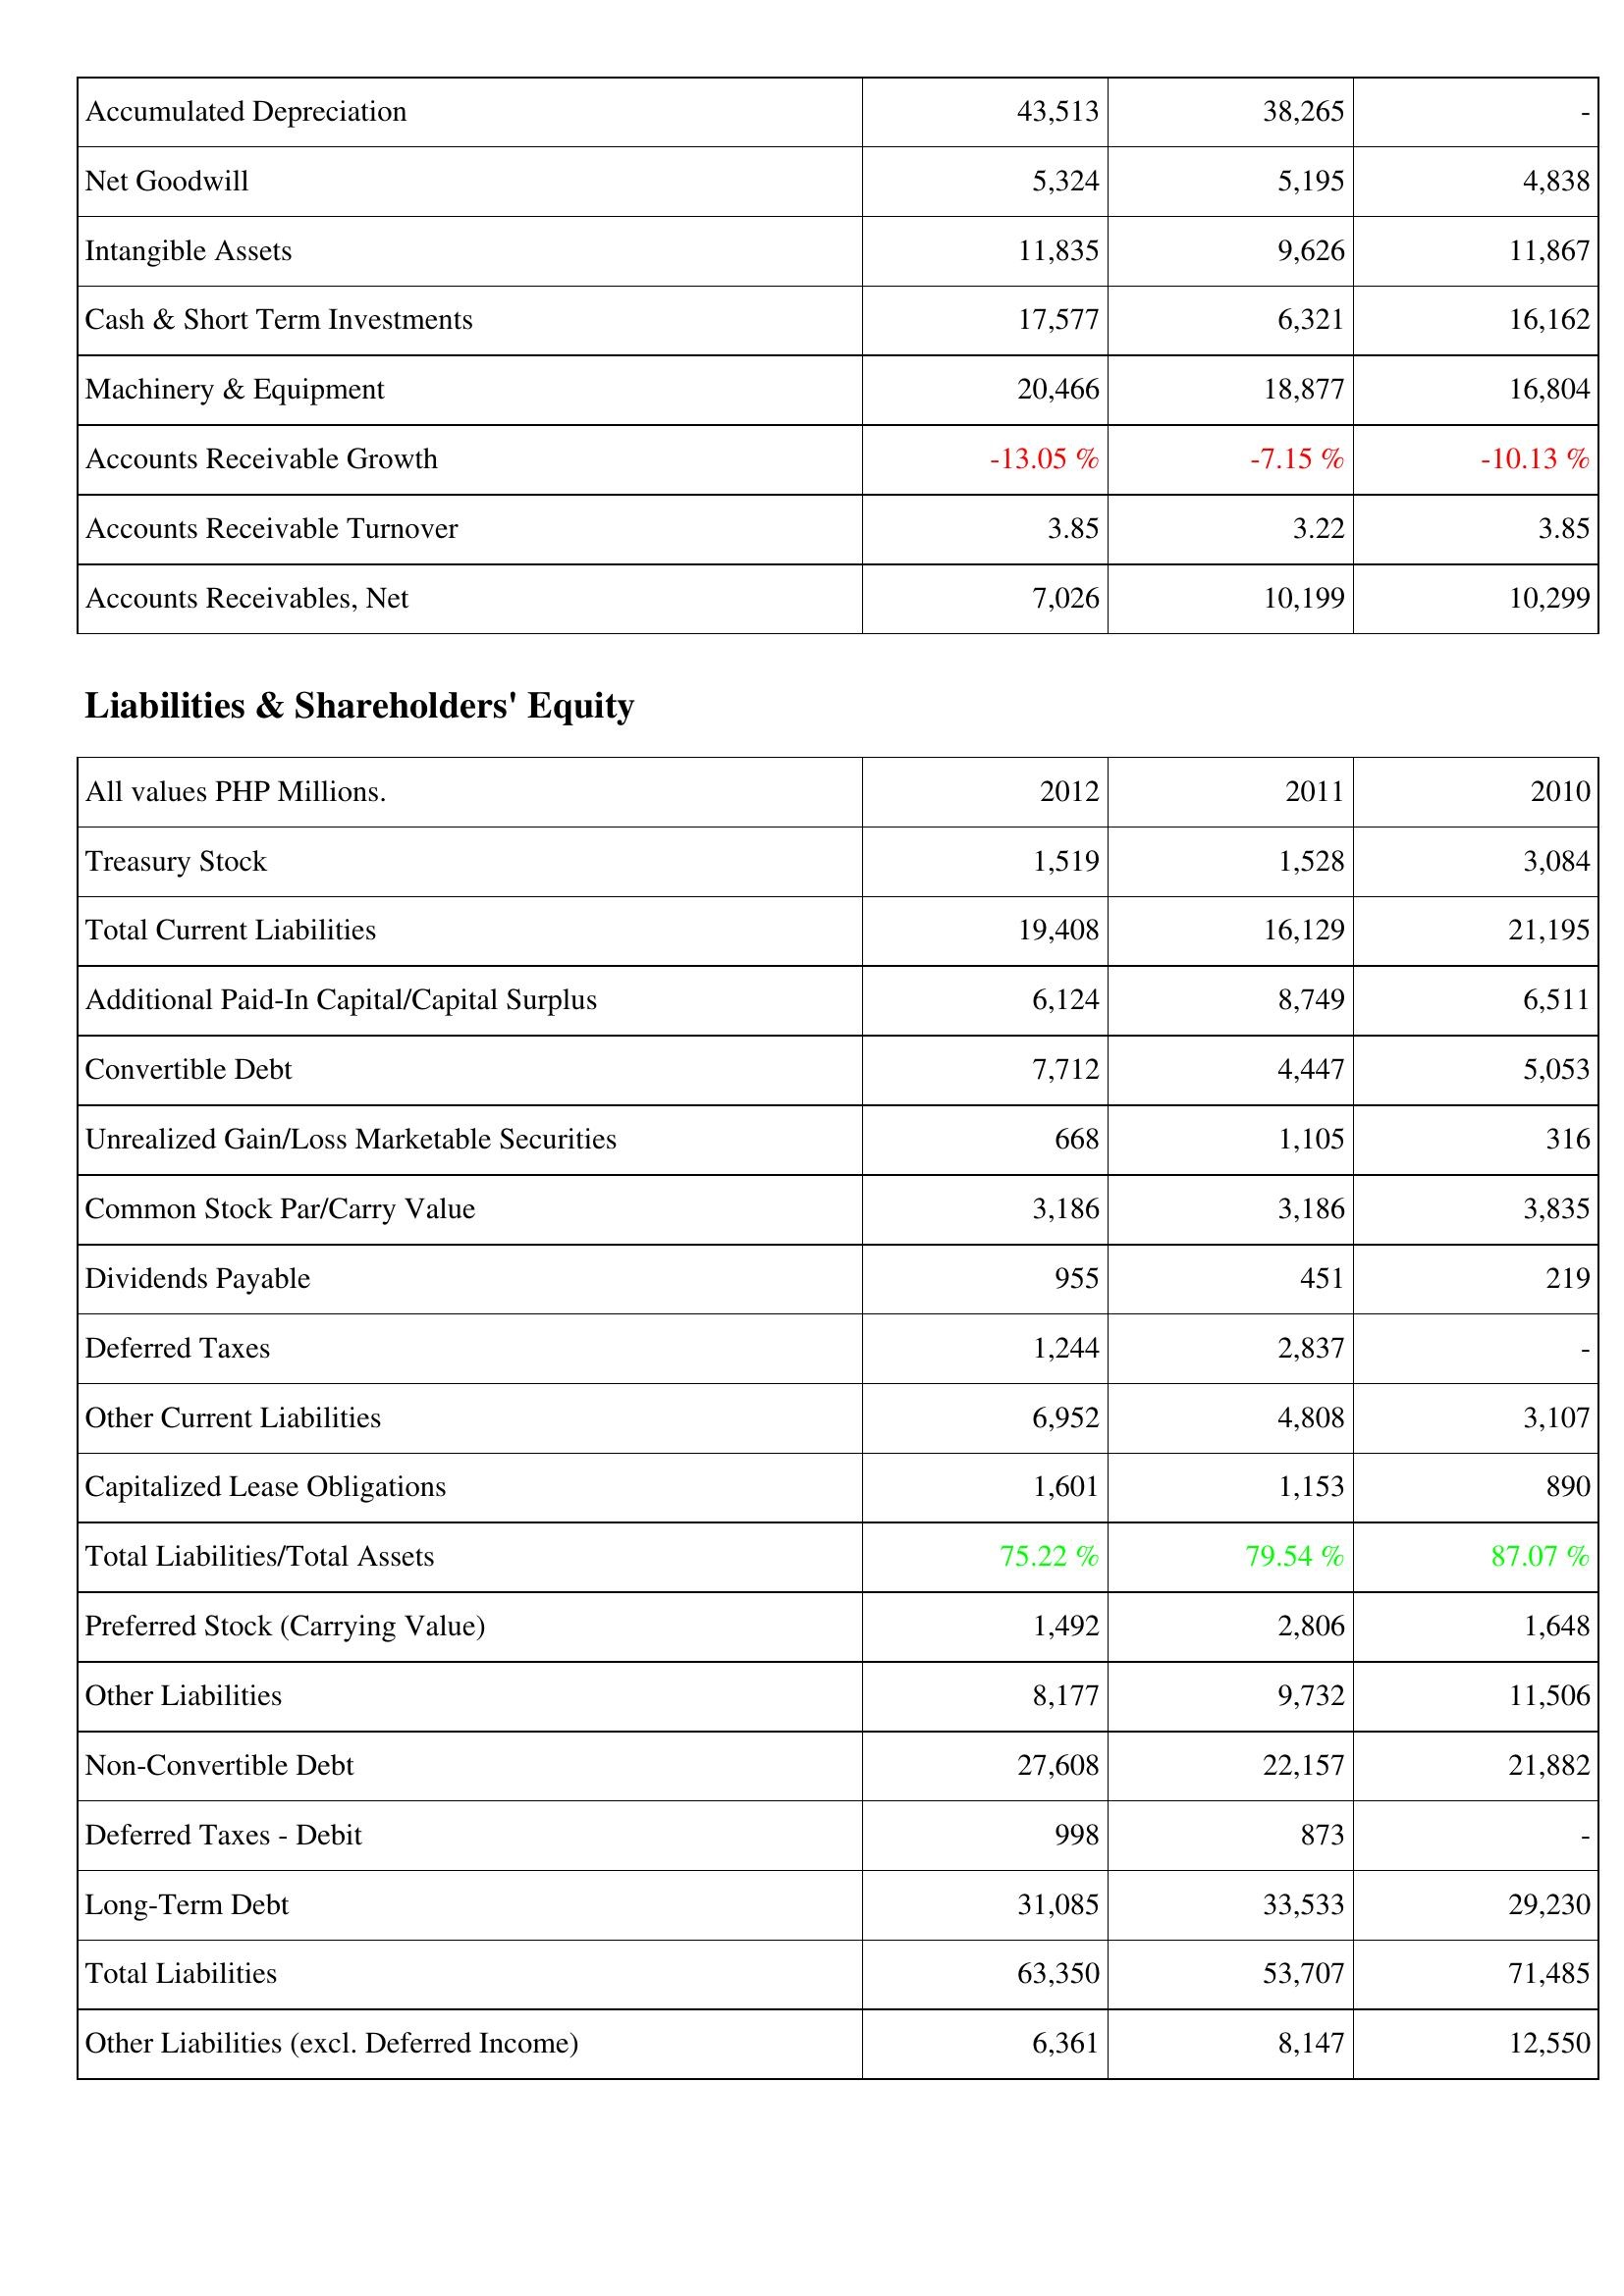
2012: Assets: Accumulated Depreciation: 43,513
Net Goodwill: 5,324
Intangible Assets: 11,835
Cash & Short Term Investments: 17,577
Machinery & Equipment: 20,466
Accounts Receivable Growth: -13.05 %
Accounts Receivable Turnover: 3.85
Accounts Receivables, Net: 7,026
Liabilities & Shareholders' Equity: Treasury Stock: 1,519
Total Current Liabilities: 19,408
Additional Paid-In Capital/Capital Surplus: 6,124
Convertible Debt: 7,712
Unrealized Gain/Loss Marketable Securities: 668
Common Stock Par/Carry Value: 3,186
Dividends Payable: 955
Deferred Taxes: 1,244
Other Current Liabilities: 6,952
Capitalized Lease Obligations: 1,601
Total Liabilities/Total Assets: 75.22 %
Preferred Stock (Carrying Value): 1,492
Other Liabilities: 8,177
Non-Convertible Debt: 27,608
Deferred Taxes - Debit: 998
Long-Term Debt: 31,085
Total Liabilities: 63,350
Other Liabilities (excl. Deferred Income): 6,361
2011: Assets: Accumulated Depreciation: 38,265
Net Goodwill: 5,195
Intangible Assets: 9,626
Cash & Short Term Investments: 6,321
Machinery & Equipment: 18,877
Accounts Receivable Growth: -7.15 %
Accounts Receivable Turnover: 3.22
Accounts Receivables, Net: 10,199
Liabilities & Shareholders' Equity: Treasury Stock: 1,528
Total Current Liabilities: 16,129
Additional Paid-In Capital/Capital Surplus: 8,749
Convertible Debt: 4,447
Unrealized Gain/Loss Marketable Securities: 1,105
Common Stock Par/Carry Value: 3,186
Dividends Payable: 451
Deferred Taxes: 2,837
Other Current Liabilities: 4,808
Capitalized Lease Obligations: 1,153
Total Liabilities/Total Assets: 79.54 %
Preferred Stock (Carrying Value): 2,806
Other Liabilities: 9,732
Non-Convertible Debt: 22,157
Deferred Taxes - Debit: 873
Long-Term Debt: 33,533
Total Liabilities: 53,707
Other Liabilities (excl. Deferred Income): 8,147
2010: Assets: Accumulated Depreciation: -
Net Goodwill: 4,838
Intangible Assets: 11,867
Cash & Short Term Investments: 16,162
Machinery & Equipment: 16,804
Accounts Receivable Growth: -10.13 %
Accounts Receivable Turnover: 3.85
Accounts Receivables, Net: 10,299
Liabilities & Shareholders' Equity: Treasury Stock: 3,084
Total Current Liabilities: 21,195
Additional Paid-In Capital/Capital Surplus: 6,511
Convertible Debt: 5,053
Unrealized Gain/Loss Marketable Securities: 316
Common Stock Par/Carry Value: 3,835
Dividends Payable: 219
Deferred Taxes: -
Other Current Liabilities: 3,107
Capitalized Lease Obligations: 890
Total Liabilities/Total Assets: 87.07 %
Preferred Stock (Carrying Value): 1,648
Other Liabilities: 11,506
Non-Convertible Debt: 21,882
Deferred Taxes - Debit: -
Long-Term Debt: 29,230
Total Liabilities: 71,485
Other Liabilities (excl. Deferred Income): 12,550